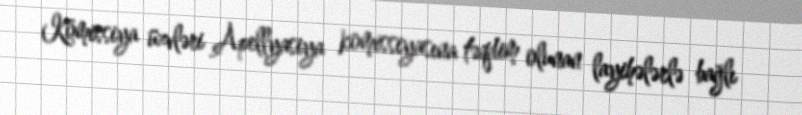
Komissiya üzvləri Apellyasiya komissiyasına təqdim olunan layihələrlə bağlı